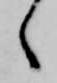
ヽ